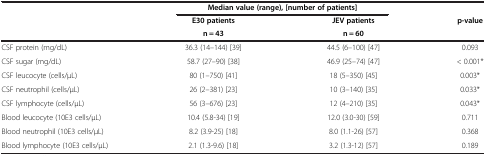
<table><thead><tr><td rowspan="3">[EMPTY_CELL]</td><td colspan="2"><b>Median value (range), [number of patients]</b></td><td rowspan="3"><b>p-value</b></td></tr><tr><td><b>E30 patients</b></td><td><b>JEV patients</b></td></tr><tr><td><b>n = 43</b></td><td><b>n = 60</b></td></tr></thead><tbody><tr><td>CSF protein (mg/dL)</td><td>36.3 (14–144) [39]</td><td>44.5 (6–100) [47]</td><td>0.093</td></tr><tr><td>CSF sugar (mg/dL)</td><td>58.7 (27–90) [38]</td><td>46.9 (25–74) [47]</td><td>&lt; 0.001*</td></tr><tr><td>CSF leucocyte (cells/μL)</td><td>80 (1–750) [41]</td><td>18 (5–350) [45]</td><td>0.003*</td></tr><tr><td>CSF neutrophil (cells/μL)</td><td>26 (2–381) [23]</td><td>10 (3–140) [35]</td><td>0.033*</td></tr><tr><td>CSF lymphocyte (cells/μL)</td><td>56 (3–676) [23]</td><td>12 (4–210) [35]</td><td>0.043*</td></tr><tr><td>Blood leucocyte (10E3 cells/μL)</td><td>10.4 (5.8-34) [19]</td><td>12.0 (3.0-30) [59]</td><td>0.711</td></tr><tr><td>Blood neutrophil (10E3 cells/μL)</td><td>8.2 (3.9-25) [18]</td><td>8.0 (1.1-26) [57]</td><td>0.368</td></tr><tr><td>Blood lymphocyte (10E3 cells/μL)</td><td>2.1 (1.3-9.6) [18]</td><td>3.2 (1.3-12) [57]</td><td>0.189</td></tr></tbody></table>